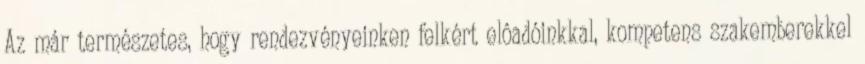
Az már természetes, hogy rendezvényeinken felkért elôadóinkkal, kompetens szakemberekkel